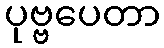
ပုဗ္ဗပေတာ